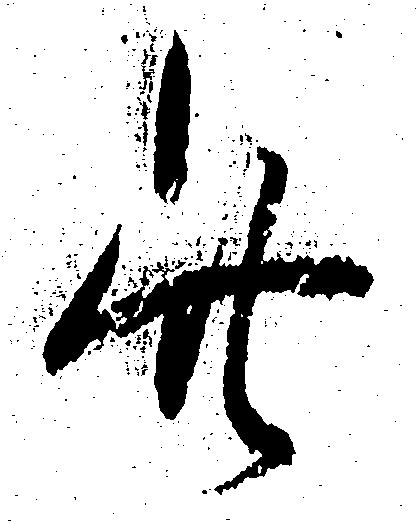
此